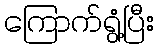
ကြောက်ရွံ့ပြီး